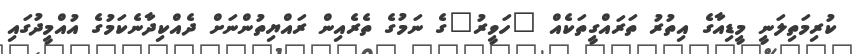
ކުރިމަތިލަނީ މީޑިއާގެ އިތުރު ތަރައްގީތަކެއް "ހަވީރު"ގެ ނަމުގެ ތެރެއިން ރައްޔިތުންނަށް ދެއްކިދާނެކަމުގެ އުއްމީދުގައި